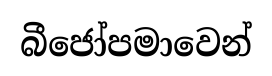
බීජෝපමාවෙන්